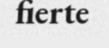
fierte